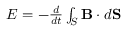
\begin{array} { r } { { \cal E } = - { \frac { d } { d t } } \int _ { S } { \bf B } \cdot d { \bf S } } \end{array}